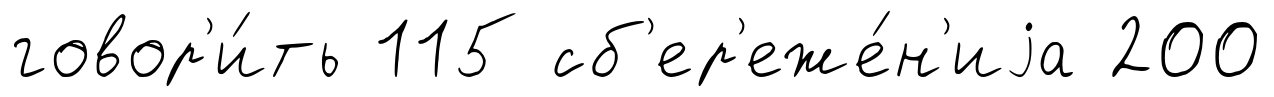
говор'и́ть 115 сб'ер'еже́н'иjа 200